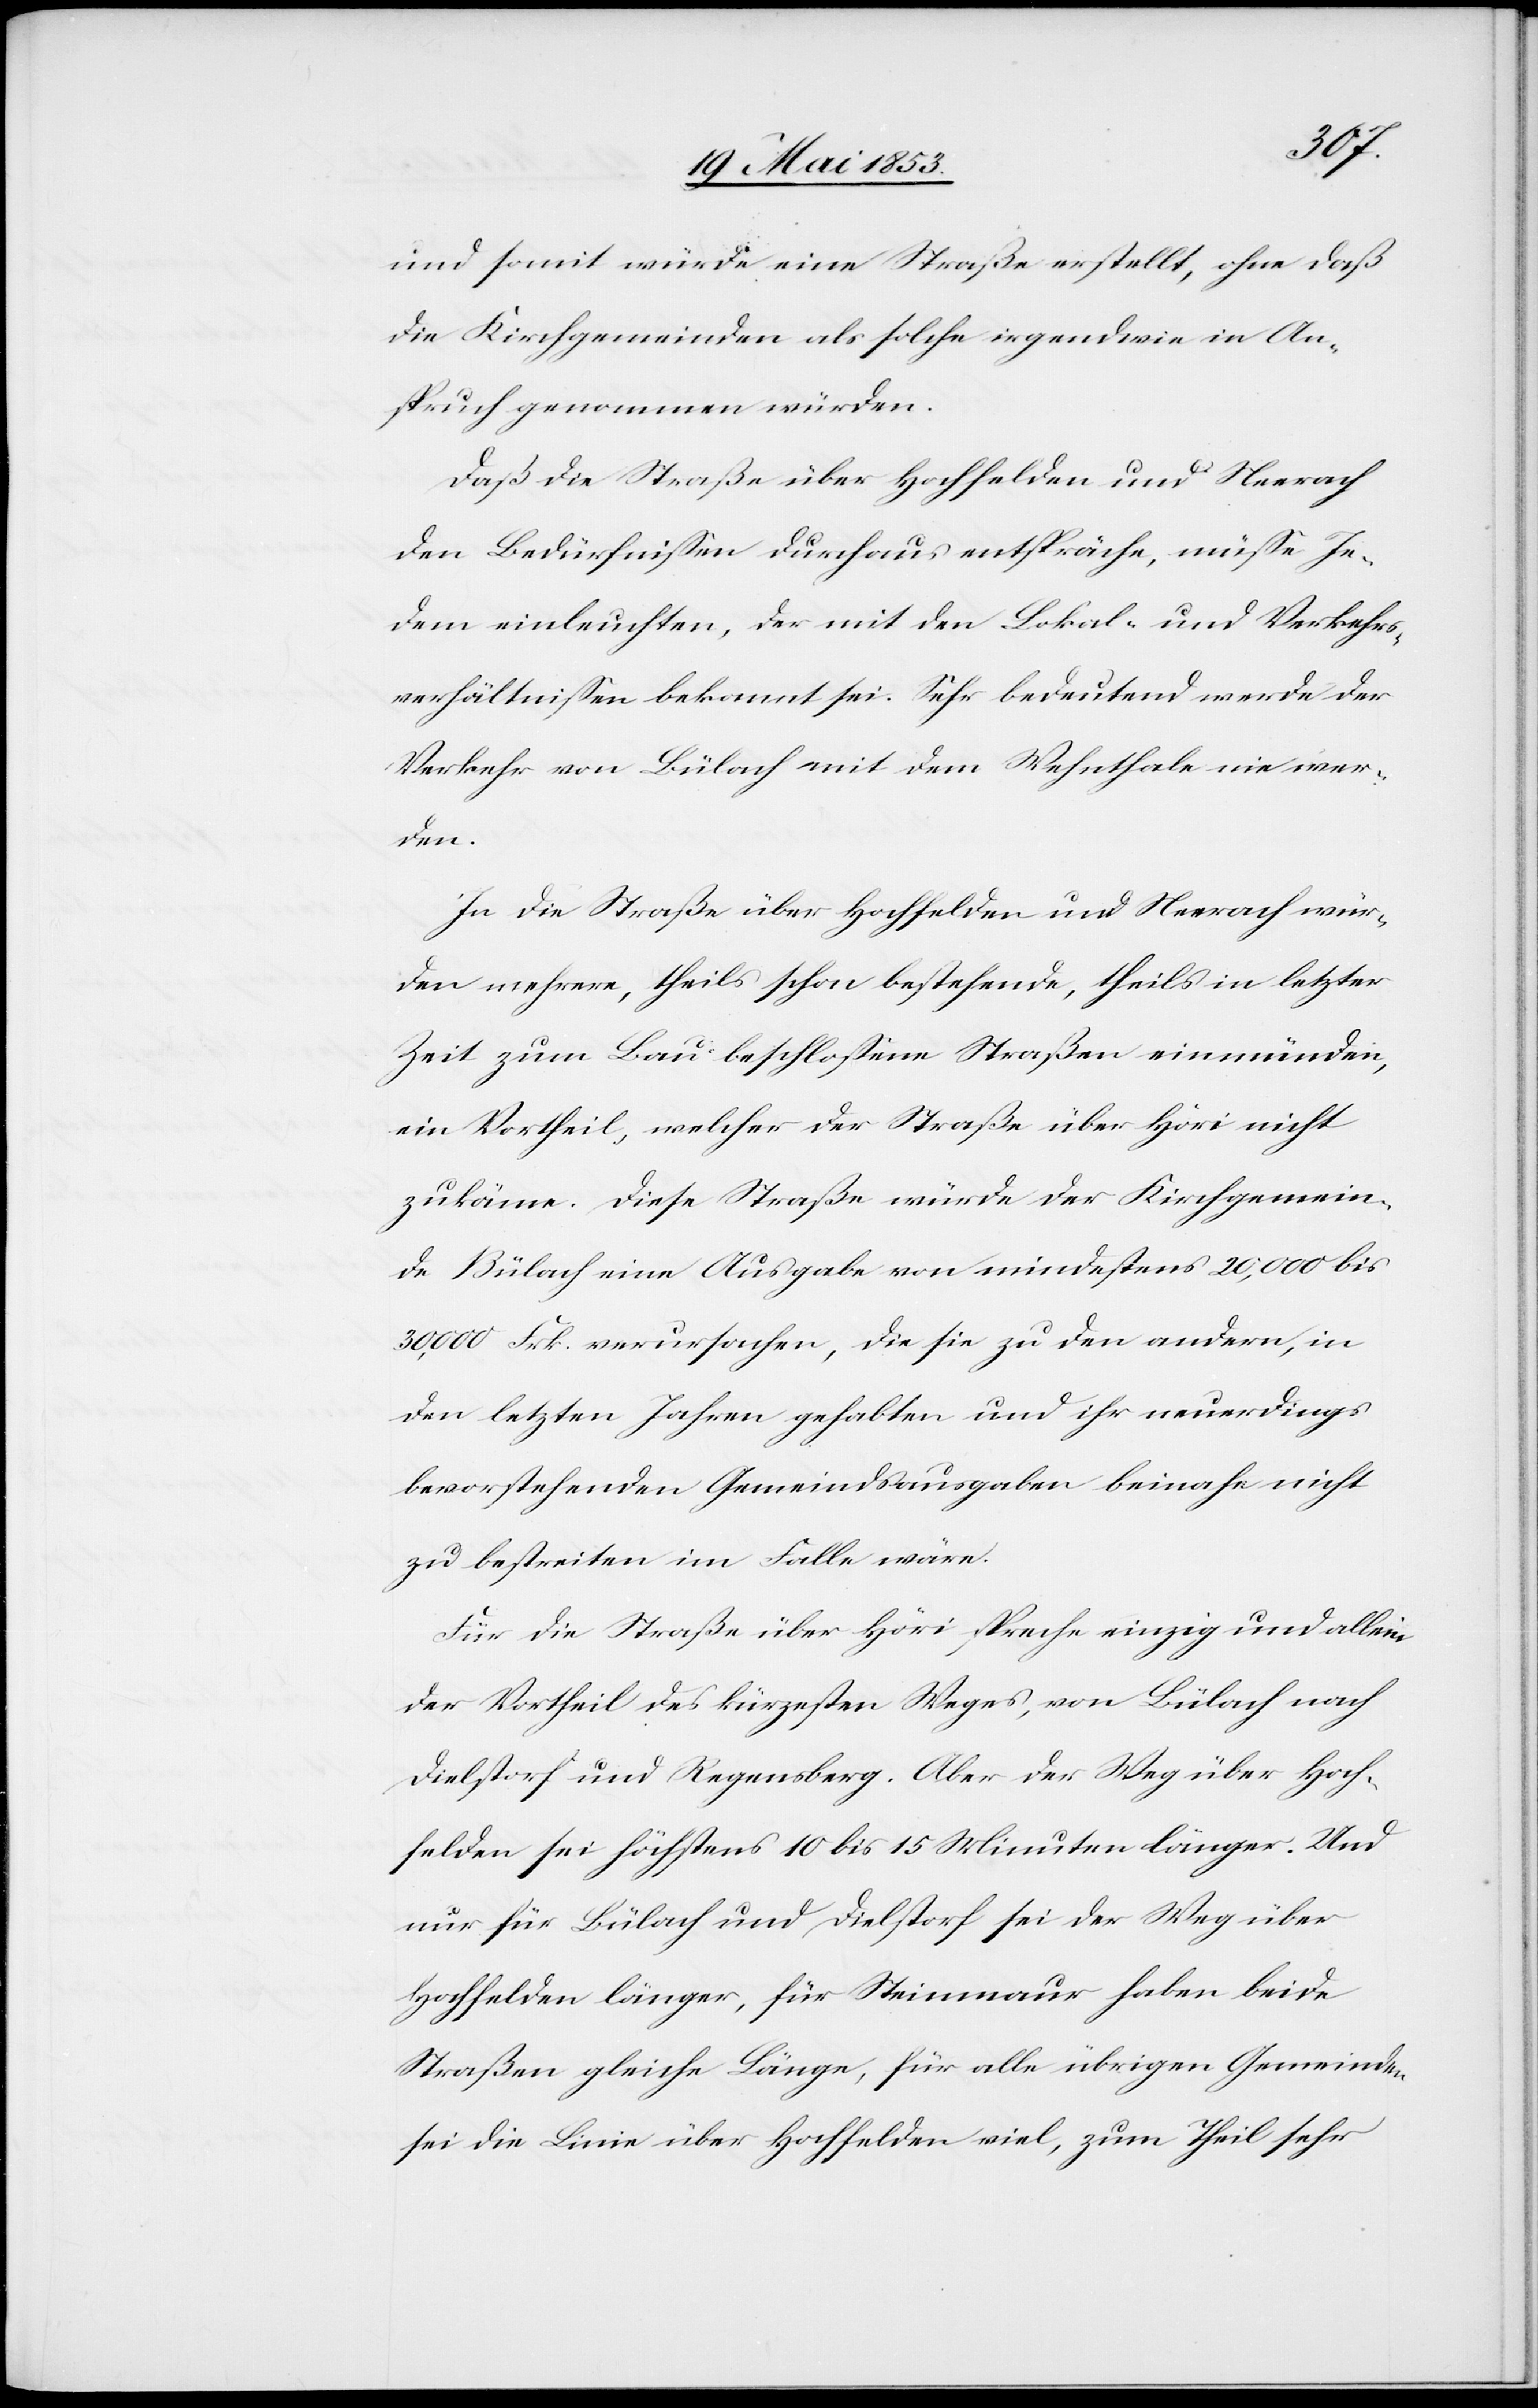
und somit würde eine Straße erstellt, ohne daß
die Kirchgemeinden als solche irgendwie in An¬
spruch genommen würden.
Daß die Straße über Hochfelden und Neerach
den Bedürfnißen durchaus entspräche, müße Je¬
dem einleuchten, der mit den Lokal- und Verkehrs¬
verhältnißen bekannt sei. Sehr bedeutend werde der
Verkehr von Bülach mit dem Wehnthale nie wer¬
den.
In die Straße über Hochfelden und Neerach wür¬
den mehrere, theils schon bestehende, theils in letzter
Zeit zum Bau beschloßene Straßen einmünden,
ein Vortheil, welcher der Straße über Höri nicht
zukäme. Diese Straße würde der Kirchgemein¬
de Bülach eine Ausgabe von mindestens 20,000 bis
30,000 Frk. verursachen, die sie zu den andern, in
den letzten Jahren gehabten und ihr neuerdings
bevorstehenden Gemeindsausgaben beinahe nicht
zu bestreiten im Falle wäre.
Für die Straße über Höri spreche einzig und allein
der Vortheil des kürzesten Weges, von Bülach nach
Dielstorf und Regensberg. Aber der Weg über Hoch¬
felden sei höchstens 10 bis 15 Minuten länger. Und
nur für Bülach und Dielstorf sei der Weg über
Hochfelden länger, für Steinmaur haben beide
Straßen gleiche Länge, für alle übrigen Gemeinden
sei die Linie über Hochfelden viel, zum Theil sehr